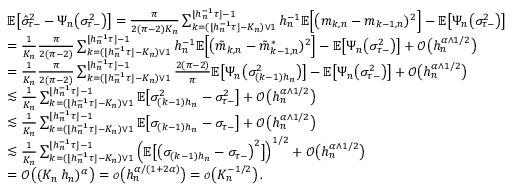
\begin{array} { r l } & { \mathbb { E } \big [ \hat { \sigma } _ { \tau - } ^ { 2 } - \Psi _ { n } \big ( \sigma _ { \tau - } ^ { 2 } \big ) \big ] = \frac { \pi } { 2 ( \pi - 2 ) K _ { n } } \sum _ { k = ( \lfloor h _ { n } ^ { - 1 } \tau \rfloor - K _ { n } ) \vee 1 } ^ { \lfloor h _ { n } ^ { - 1 } \tau \rfloor - 1 } h _ { n } ^ { - 1 } \mathbb { E } \Big [ \big ( m _ { k , n } - m _ { k - 1 , n } ) ^ { 2 } \Big ] - \mathbb { E } \big [ \Psi _ { n } \big ( \sigma _ { \tau - } ^ { 2 } \big ) \big ] } \\ & { = \frac { 1 } { K _ { n } } \frac { \pi } { 2 ( \pi - 2 ) } \sum _ { k = ( \lfloor h _ { n } ^ { - 1 } \tau \rfloor - K _ { n } ) \vee 1 } ^ { \lfloor h _ { n } ^ { - 1 } \tau \rfloor - 1 } h _ { n } ^ { - 1 } \mathbb { E } \Big [ \big ( \tilde { m } _ { k , n } - \tilde { m } _ { k - 1 , n } ^ { * } ) ^ { 2 } \Big ] - \mathbb { E } \big [ \Psi _ { n } \big ( \sigma _ { \tau - } ^ { 2 } \big ) \big ] + \mathcal { O } \big ( h _ { n } ^ { \alpha \wedge 1 / 2 } \big ) } \\ & { = \frac { 1 } { K _ { n } } \frac { \pi } { 2 ( \pi - 2 ) } \sum _ { k = ( \lfloor h _ { n } ^ { - 1 } \tau \rfloor - K _ { n } ) \vee 1 } ^ { \lfloor h _ { n } ^ { - 1 } \tau \rfloor - 1 } \frac { 2 ( \pi - 2 ) } { \pi } \mathbb { E } \big [ \Psi _ { n } \big ( \sigma _ { ( k - 1 ) h _ { n } } ^ { 2 } \big ) \big ] - \mathbb { E } \big [ \Psi _ { n } \big ( \sigma _ { \tau - } ^ { 2 } \big ) \big ] + \mathcal { O } \big ( h _ { n } ^ { \alpha \wedge 1 / 2 } \big ) } \\ & { \lesssim \frac { 1 } { K _ { n } } \sum _ { k = ( \lfloor h _ { n } ^ { - 1 } \tau \rfloor - K _ { n } ) \vee 1 } ^ { \lfloor h _ { n } ^ { - 1 } \tau \rfloor - 1 } \mathbb { E } \big [ \sigma _ { ( k - 1 ) h _ { n } } ^ { 2 } - \sigma _ { \tau - } ^ { 2 } \big ] + \mathcal { O } \big ( h _ { n } ^ { \alpha \wedge 1 / 2 } \big ) } \\ & { \lesssim \frac { 1 } { K _ { n } } \sum _ { k = ( \lfloor h _ { n } ^ { - 1 } \tau \rfloor - K _ { n } ) \vee 1 } ^ { \lfloor h _ { n } ^ { - 1 } \tau \rfloor - 1 } \mathbb { E } \big [ \sigma _ { ( k - 1 ) h _ { n } } - \sigma _ { \tau - } \big ] + \mathcal { O } \big ( h _ { n } ^ { \alpha \wedge 1 / 2 } \big ) } \\ & { \lesssim \frac { 1 } { K _ { n } } \sum _ { k = ( \lfloor h _ { n } ^ { - 1 } \tau \rfloor - K _ { n } ) \vee 1 } ^ { \lfloor h _ { n } ^ { - 1 } \tau \rfloor - 1 } \Big ( \mathbb { E } \big [ \big ( \sigma _ { ( k - 1 ) h _ { n } } - \sigma _ { \tau - } \big ) ^ { 2 } \big ] \Big ) ^ { 1 / 2 } + \mathcal { O } \big ( h _ { n } ^ { \alpha \wedge 1 / 2 } \big ) } \\ & { = \mathcal { O } \big ( ( K _ { n } \, h _ { n } ) ^ { \alpha } \big ) = { \scriptstyle { \mathcal { O } } } \big ( h _ { n } ^ { \alpha / ( 1 + 2 \alpha ) } \big ) = { \scriptstyle { \mathcal { O } } } \big ( K _ { n } ^ { - 1 / 2 } \big ) \, . } \end{array}